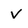
Character: V